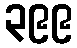
၃၉၉